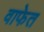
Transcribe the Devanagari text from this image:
वाफेत